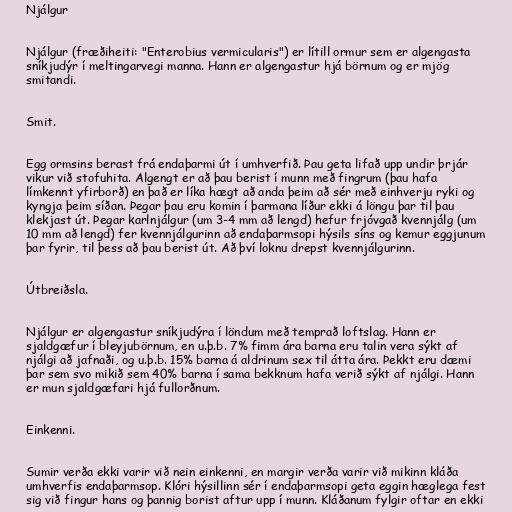
Njálgur

Njálgur (fræðiheiti: "Enterobius vermicularis") er lítill ormur sem er algengasta
sníkjudýr í meltingarvegi manna. Hann er algengastur hjá börnum og er mjög
smitandi.

Smit.

Egg ormsins berast frá endaþarmi út í umhverfið. Þau geta lifað upp undir þrjár
vikur við stofuhita. Algengt er að þau berist í munn með fingrum (þau hafa
límkennt yfirborð) en það er líka hægt að anda þeim að sér með einhverju ryki og
kyngja þeim síðan. Þegar þau eru komin í þarmana líður ekki á löngu þar til þau
klekjast út. Þegar karlnjálgur (um 3-4 mm að lengd) hefur frjóvgað kvennjálg (um
10 mm að lengd) fer kvennjálgurinn að endaþarmsopi hýsils síns og kemur eggjunum
þar fyrir, til þess að þau berist út. Að því loknu drepst kvennjálgurinn.

Útbreiðsla.

Njálgur er algengastur sníkjudýra í löndum með temprað loftslag. Hann er
sjaldgæfur í bleyjubörnum, en u.þ.b. 7% fimm ára barna eru talin vera sýkt af
njálgi að jafnaði, og u.þ.b. 15% barna á aldrinum sex til átta ára. Þekkt eru dæmi
þar sem svo mikið sem 40% barna í sama bekknum hafa verið sýkt af njálgi. Hann
er mun sjaldgæfari hjá fullorðnum.

Einkenni.

Sumir verða ekki varir við nein einkenni, en margir verða varir við mikinn kláða
umhverfis endaþarmsop. Klóri hýsillinn sér í endaþarmsopi geta eggin hæglega fest
sig við fingur hans og þannig borist aftur upp í munn. Kláðanum fylgir oftar en ekki